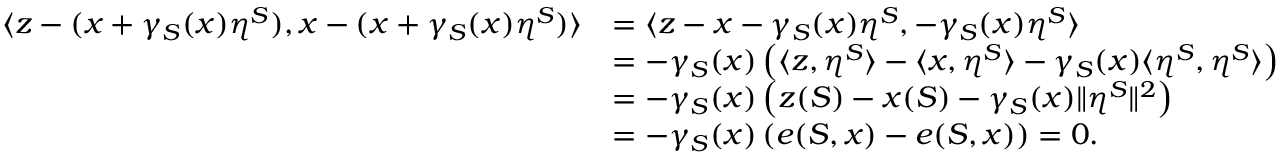
\begin{array} { r l } { \langle z - ( x + \gamma _ { S } ( x ) \eta ^ { S } ) , x - ( x + \gamma _ { S } ( x ) \eta ^ { S } ) \rangle } & { = \langle z - x - \gamma _ { S } ( x ) \eta ^ { S } , - \gamma _ { S } ( x ) \eta ^ { S } \rangle } \\ & { = - \gamma _ { S } ( x ) \left( \langle z , \eta ^ { S } \rangle - \langle x , \eta ^ { S } \rangle - \gamma _ { S } ( x ) \langle \eta ^ { S } , \eta ^ { S } \rangle \right) } \\ & { = - \gamma _ { S } ( x ) \left( z ( S ) - x ( S ) - \gamma _ { S } ( x ) \lVert \eta ^ { S } \rVert ^ { 2 } \right) } \\ & { = - \gamma _ { S } ( x ) \left( e ( S , x ) - e ( S , x ) \right) = 0 . } \end{array}